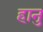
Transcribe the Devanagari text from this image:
हानु